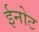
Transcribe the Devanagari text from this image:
ईनोट